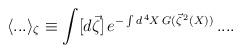
LaTeX: \begin{align*}\langle ... \rangle_\zeta \equiv \int [d \vec{\zeta}] \, e^{- \int d^{\, 4} X \, G (\vec{\zeta}^{\, 2} (X))} \, ... .\end{align*}